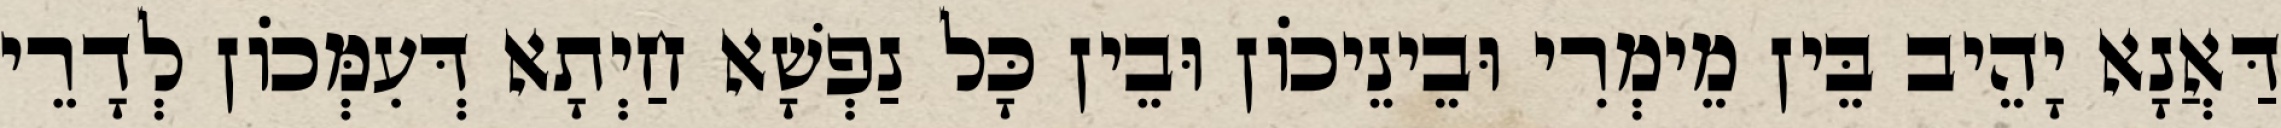
דַּאֲנָא יָהֵיב בֵּין מֵימְרִי וּבֵינֵיכוֹן וּבֵין כָּל נַפְשָׁא חַיְתָא דְּעִמְּכוֹן לְדָרֵי